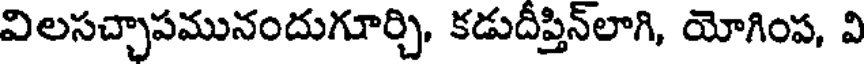
విలసచ్చాపమునందుగూర్చి, కడుదీప్తిన్లాగి, యోగింప, వి